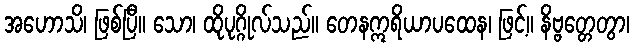
အဟောသိ၊ ဖြစ်ပြီ။ သော၊ ထိုပုဂ္ဂိုလ်သည်။ တေနဣရိယာပထေန၊ ဖြင့်။ နိဗ္ဗတ္တေတွာ၊